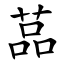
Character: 䓵